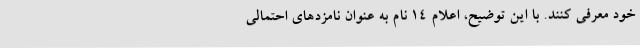
خود معرفی کنند. با این توضیح، اعلام 14 نام به عنوان نامزدهای احتمالی